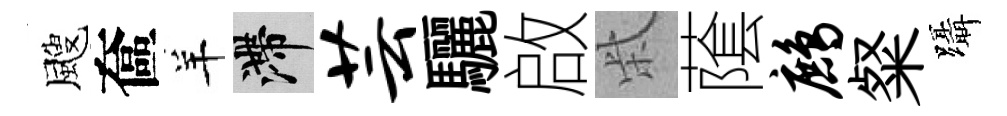
颼奩羊滯芸驪啟柴䕃鹧粲躡